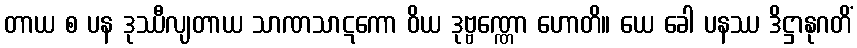
တာယ စ ပန ဒုဿီလျတာယ သာဏသာဋကော ဝိယ ဒုဗ္ဗဏ္ဏော ဟောတိ။ ယေ ခေါ ပနဿ ဒိဋ္ဌာနုဂတိံ